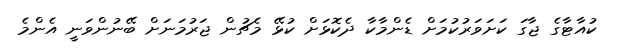
ކުއާޓާގެ ޖާގަ ކަށަވަރުކުމަށް ޑެންމާކާ ދެކޮޅަށް ކުޅޭ މެޗުން ޖަރުމަނަށް ބޭނުންވަނީ އެންމެ